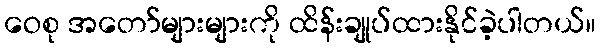
ဝေစု အတော်များများကို ထိန်းချုပ်ထားနိုင်ခဲ့ပါတယ်။